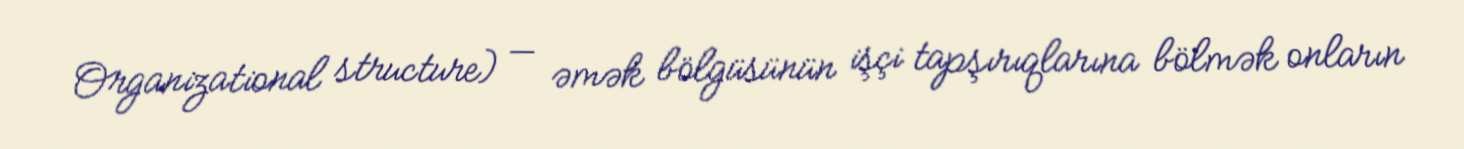
Organizational structure) — əmək bölgüsünün işçi tapşırıqlarına bölmək onların